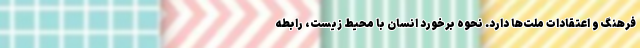
فرهنگ و اعتقادات ملت‌ها دارد. نحوه برخورد انسان با محیط زیست، رابطه